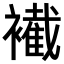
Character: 𧞛